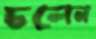
ঢলেন